Annual report on the mental hospital in the Central Provinces and Berar (Nagpur) - 1927-1951
Year: 1927
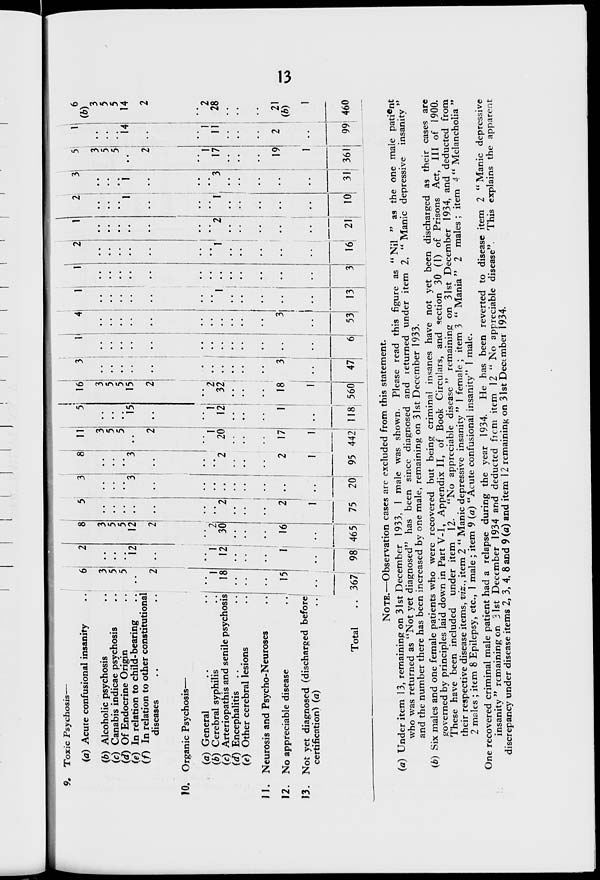
13
9. Toxic Psychosis—
(a) Acute confusional insanity..
(b) Alcoholic psychosis..
(c) Canabis indicae psychosis..
(d) Of Endocrine Origin..
(e) In relation to child-bearing..
(f) In relation to other constitutional
diseases .. ..
10. Organic Psychosis—
(a) General .. ..
(b) Cerebral syphilis ..
(c) Arteriopathis and senile psychosis
(d) Encephalitis .. ..
(e) Other cerebral lesions ..
11. Neurosis and Psycho-Neuroses ..
12. No appreciable disease ..
13. Not yet diagnosed (discharged before
certification) (a) ..
Total ..
6
3
5
5
..
2
..
1
18
..
..
..
15
..
367
2
..
..
..
12
..
..
1
12
..
..
..
1
..
98
8
3
5
5
12
2
..
2
30
..
..
..
16
..
465
5
..
..
..
..
..
..
..
2
..
..
..
2
1
75
3
..
..
..
3
..
..
..
..
..
..
..
..
..
20
8
..
..
..
3
..
..
..
2
..
..
..
2
1
95
11
3
5
5
..
2
..
1
20
..
..
..
17
1
442
5
..
..
..
15
..
..
1
12
..
..
..
1
..
118
16
3
5
5
15
2
..
2
32
..
..
..
18
1
560
3
..
..
..
..
..
..
..
..
..
..
..
3
..
47
1
..
..
..
..
..
..
..
..
..
..
..
..
..
6
4
..
..
..
..
..
..
..
..
..
..
..
3
..
53
1
..
..
..
..
..
..
..
1
..
..
..
..
..
13
1
..
..
..
..
..
..
..
..
..
..
..
..
..
3
2
..
..
..
..
..
..
..
1
..
..
..
..
..
16
1
..
..
..
..
..
..
..
2
..
..
..
..
..
21
2
..
..
..
1
..
..
..
1
..
..
..
..
..
10
3
..
..
..
1
..
..
..
3
..
..
..
..
..
31
5
3
5
5
..
2
..
1
17
..
..
..
19
1
361
1
..
..
..
14
..
..
1
11
..
..
..
2
..
99
6
(b)
3
5
5
14
2
..
2
28
..
..
..
21
(b)
1
460
NOTE.—Observation cases are excluded from this statement.
(a) Under item 13, remaining on 31st December 1933, 1 male was shown. Please read this figure as "Nil " as the one male patient
who was returned as "Not yet diagnosed" has been since diagnosed and returned under item 2, " Manic depressive insanity "
and the number there has been increased by one male, remaining on 31st December 1933.
(b) Six males and one female patients who were recovered but being criminal insanes have not yet been discharged as their cases are
governed by principles laid down in Part V-I, Appendix II, of Book Circulars, and section 30 (1) of Prisons Act, III of 1900.
These have been included under item 12. "No appreciable disease " remaining on 31st December 1934, and deducted from
their respective disease items, viz., item 2 " Manic depressive insanity " 1 female ; item 3 " Mania " 2 males ; item 4 " Melancholia "
2 males ; item 8 Epilepsy, etc., 1 male ; item 9 (a) "Acute confusional insanity" 1 male.
One recovered criminal male patient had a relapse during the year 1934. He has been reverted to disease item 2 "Manic depressive
insanity" remaining on 31st December 1934 and deducted from item 12 "No appreciable disease". This explains the apparent
discrepancy under disease items 2, 3, 4, 8 and 9 (a) and item 12 remaining on 31st December 1934.